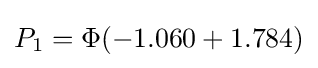
P_{1}=\Phi (-1.060+1.784)